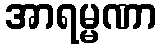
အာရမ္မဏာ